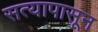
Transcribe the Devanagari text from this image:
सत्यापासून